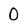
Character: 0